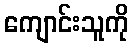
ကျောင်းသူကို